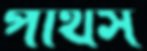
পাথস